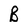
Character: B